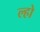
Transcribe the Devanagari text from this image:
ल्हो